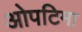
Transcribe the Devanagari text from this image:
ओपटिमा